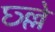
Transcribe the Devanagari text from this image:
छ्ल्ले